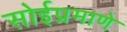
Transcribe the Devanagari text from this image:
सोईप्रमाणे